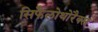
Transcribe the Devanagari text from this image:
सिफैलोथोरैक्स